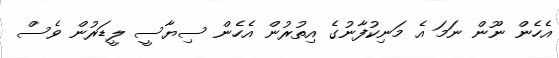
އެހެން ނޫން ނަމަ އެ މަނިކުފާނުގެ އިތުރުން އެހެން ސިޔާސީ ލީޑަރުން ވެސް